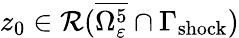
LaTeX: z_{0}\in\mathcal{R}(\overline{{\Omega_{\varepsilon}^{5}}}\cap\Gamma_{\mathrm{shock}})